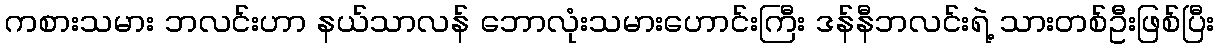
ကစားသမား ဘလင်းဟာ နယ်သာလန် ဘောလုံးသမားဟောင်းကြီး ဒန်နီဘလင်းရဲ့ သားတစ်ဦးဖြစ်ပြီး